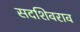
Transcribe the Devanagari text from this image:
सदशिवराव